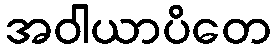
အဝါယာပိတေ